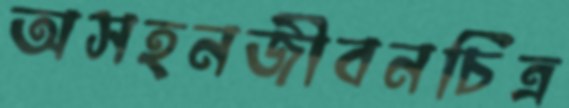
অসহনজীবনচিত্র